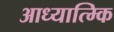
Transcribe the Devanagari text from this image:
आध्यात्म्कि